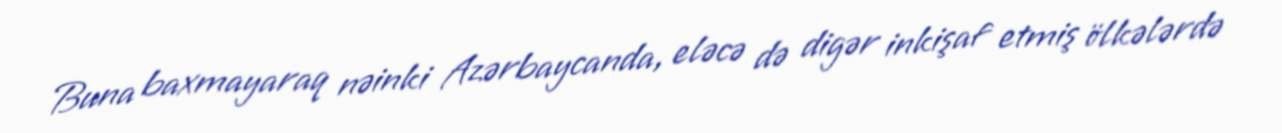
Buna baxmayaraq nəinki Azərbaycanda, eləcə də digər inkişaf etmiş ölkələrdə